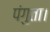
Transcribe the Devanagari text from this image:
पंगुता।